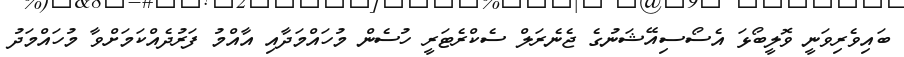
ބައިވެރިވަނީ ވޮލީބޯޅަ އެސޯސިއޭޝަނުގެ ޖެނެރަލް ސެކްރެޓަރީ ހުސެން މުހައްމަދާއި އާއްމު ފަރުދެއްކަމަށްވާ މުހައްމަދު